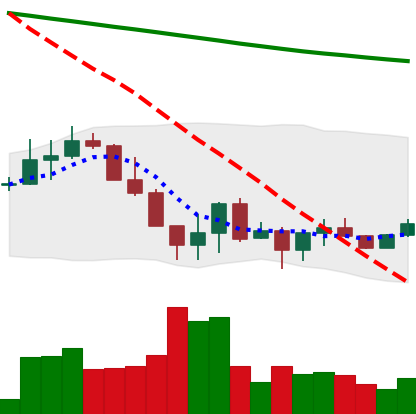
Ticker: ADA-USD
Chart end date: 2022-06-24
Forward return: -6.753%
Label: down_5_7